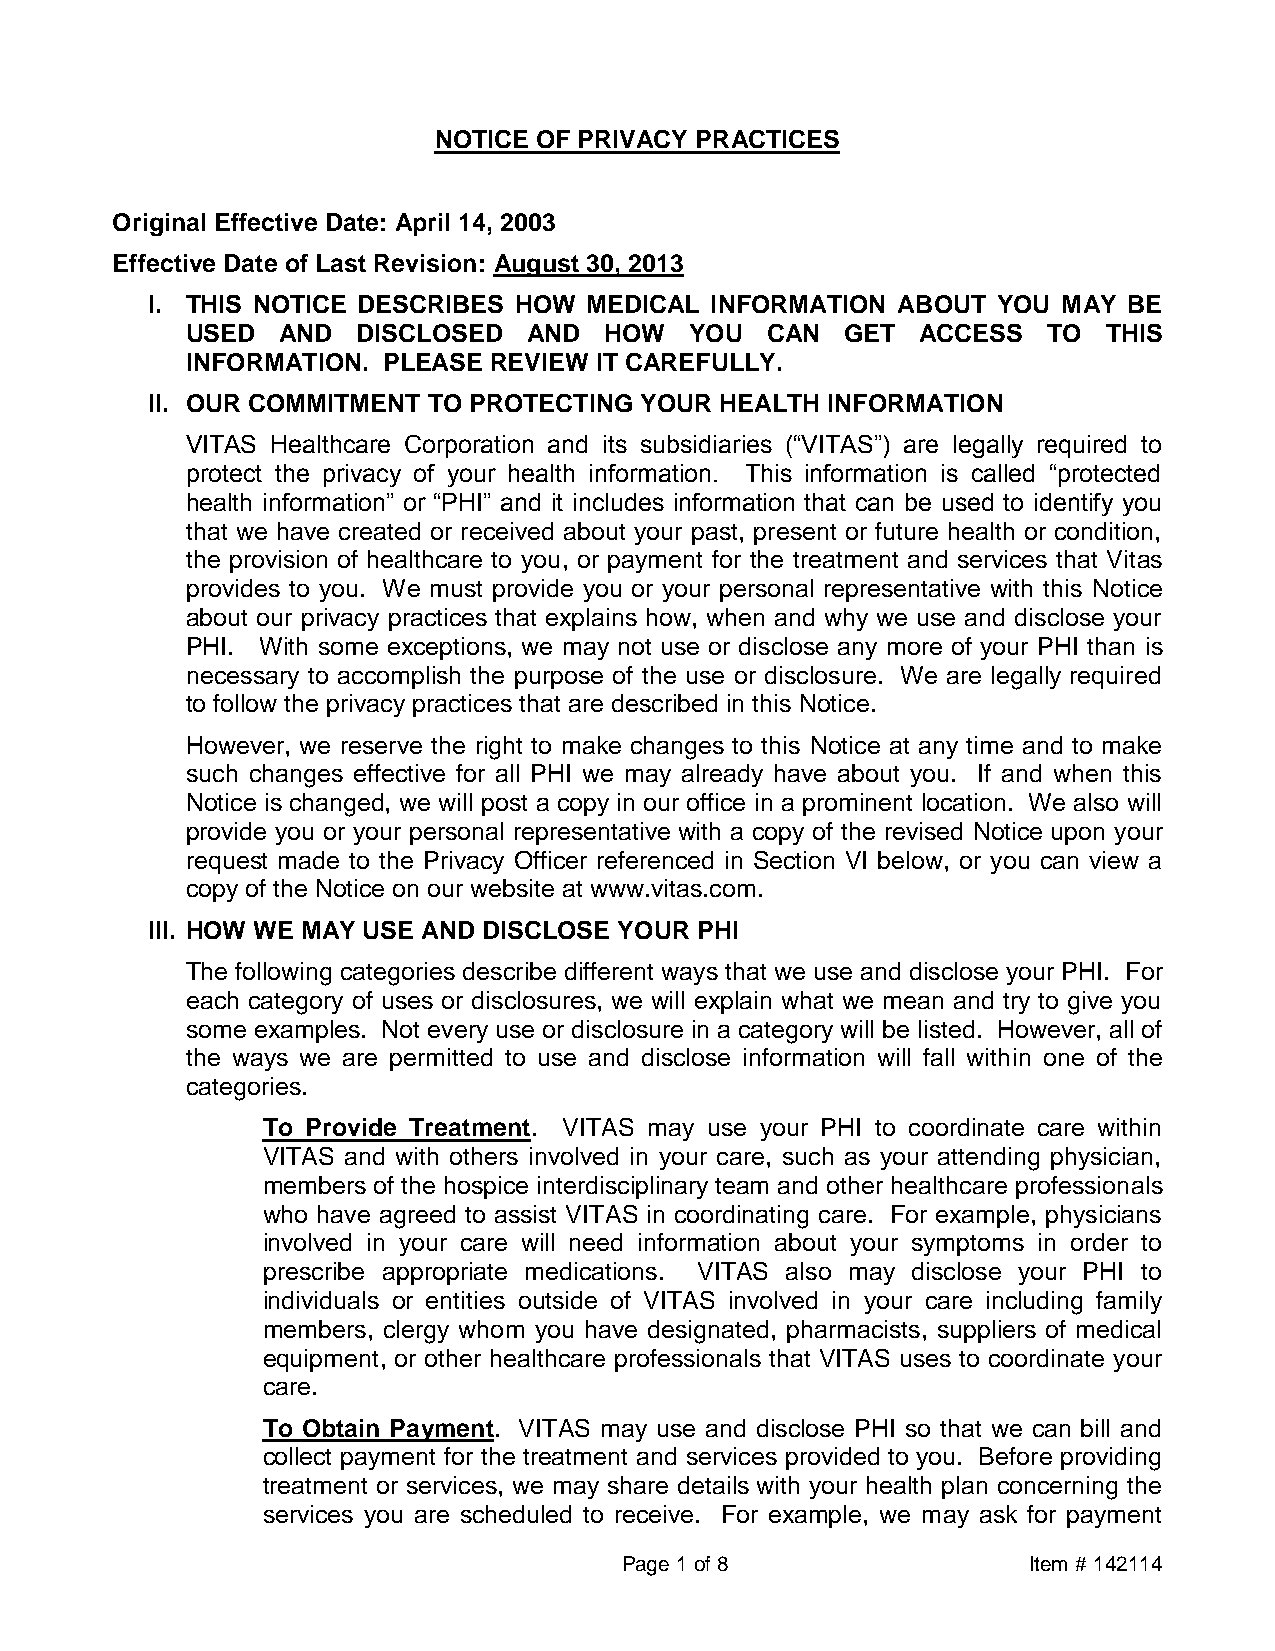
NOTICE OF PRIVACY PRACTICES
 Original Effective Date: April 14, 2003
 Effective Date of Last Revision: August 30, 2013
 I. THIS NOTICE DESCRIBES HOW MEDICAL INFORMATION ABOUT  YOU MAY  BE
 USED  AND   DISCLOSED  AND  HOW   YOU  CAN  GET  ACCESS  TO  THIS
 INFORMATION. PLEASE REVIEW IT CAREFULLY.
 II. OUR COMMITMENT TO PROTECTING YOUR HEALTH INFORMATION
 VITAS Healthcare Corporation and its subsidiaries (“VITAS”) are legally required to
 protect the privacy of your health information. This information is called “protected
 health information” or “PHI” and it includes information that can be used to identify you
 that we have created or received about your past, present or future health or condition,
 the provision of healthcare to you, or payment for the treatment and services that Vitas
 provides to you. We must provide you or your personal representative with this Notice
 about our privacy practices that explains how, when and why we use and disclose your
 PHI. With some exceptions, we may not use or disclose any more of your PHI than is
 necessary to accomplish the purpose of the use or disclosure. We are legally required
 to follow the privacy practices that are described in this Notice.
 However, we reserve the right to make changes to this Notice at any time and to make
 such changes effective for all PHI we may already have about you. If and when this
 Notice is changed, we will post a copy in our office in a prominent location. We also will
 provide you or your personal representative with a copy of the revised Notice upon your
 request made to the Privacy Officer referenced in Section VI below, or you can view a
 copy of the Notice on our website at www.vitas.com.
 III. HOW WE MAY USE AND DISCLOSE YOUR PHI
 The following categories describe different ways that we use and disclose your PHI. For
 each category of uses or disclosures, we will explain what we mean and try to give you
 some examples. Not every use or disclosure in a category will be listed. However, all of
 the ways we are permitted to use and disclose information will fall within one of the
 categories.
 To Provide Treatment. VITAS may use your PHI to coordinate care within
 VITAS and with others involved in your care, such as your attending physician,
 members of the hospice interdisciplinary team and other healthcare professionals
 who have agreed to assist VITAS in coordinating care. For example, physicians
 involved in your care will need information about your symptoms in order to
 prescribe appropriate medications. VITAS also may disclose your PHI to
 individuals or entities outside of VITAS involved in your care including family
 members, clergy whom you have designated, pharmacists, suppliers of medical
 equipment, or other healthcare professionals that VITAS uses to coordinate your
 care.
 To Obtain Payment. VITAS may use and disclose PHI so that we can bill and
 collect payment for the treatment and services provided to you. Before providing
 treatment or services, we may share details with your health plan concerning the
 services you are scheduled to receive. For example, we may ask for payment
 Page 1 of 8                Item # 142114